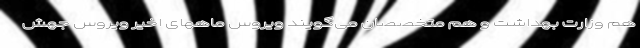
هم وزارت بهداشت و هم متخصصان می‌گویند ویروس ماههای اخیر ویروس جهش